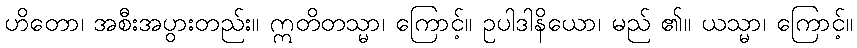
ဟိတော၊ အစီးအပွားတည်း။ ဣတိတသ္မာ၊ ကြောင့်။ ဥပါဒါနိယော၊ မည် ၏။ ယသ္မာ၊ ကြောင့်။